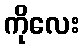
ကိုလေး